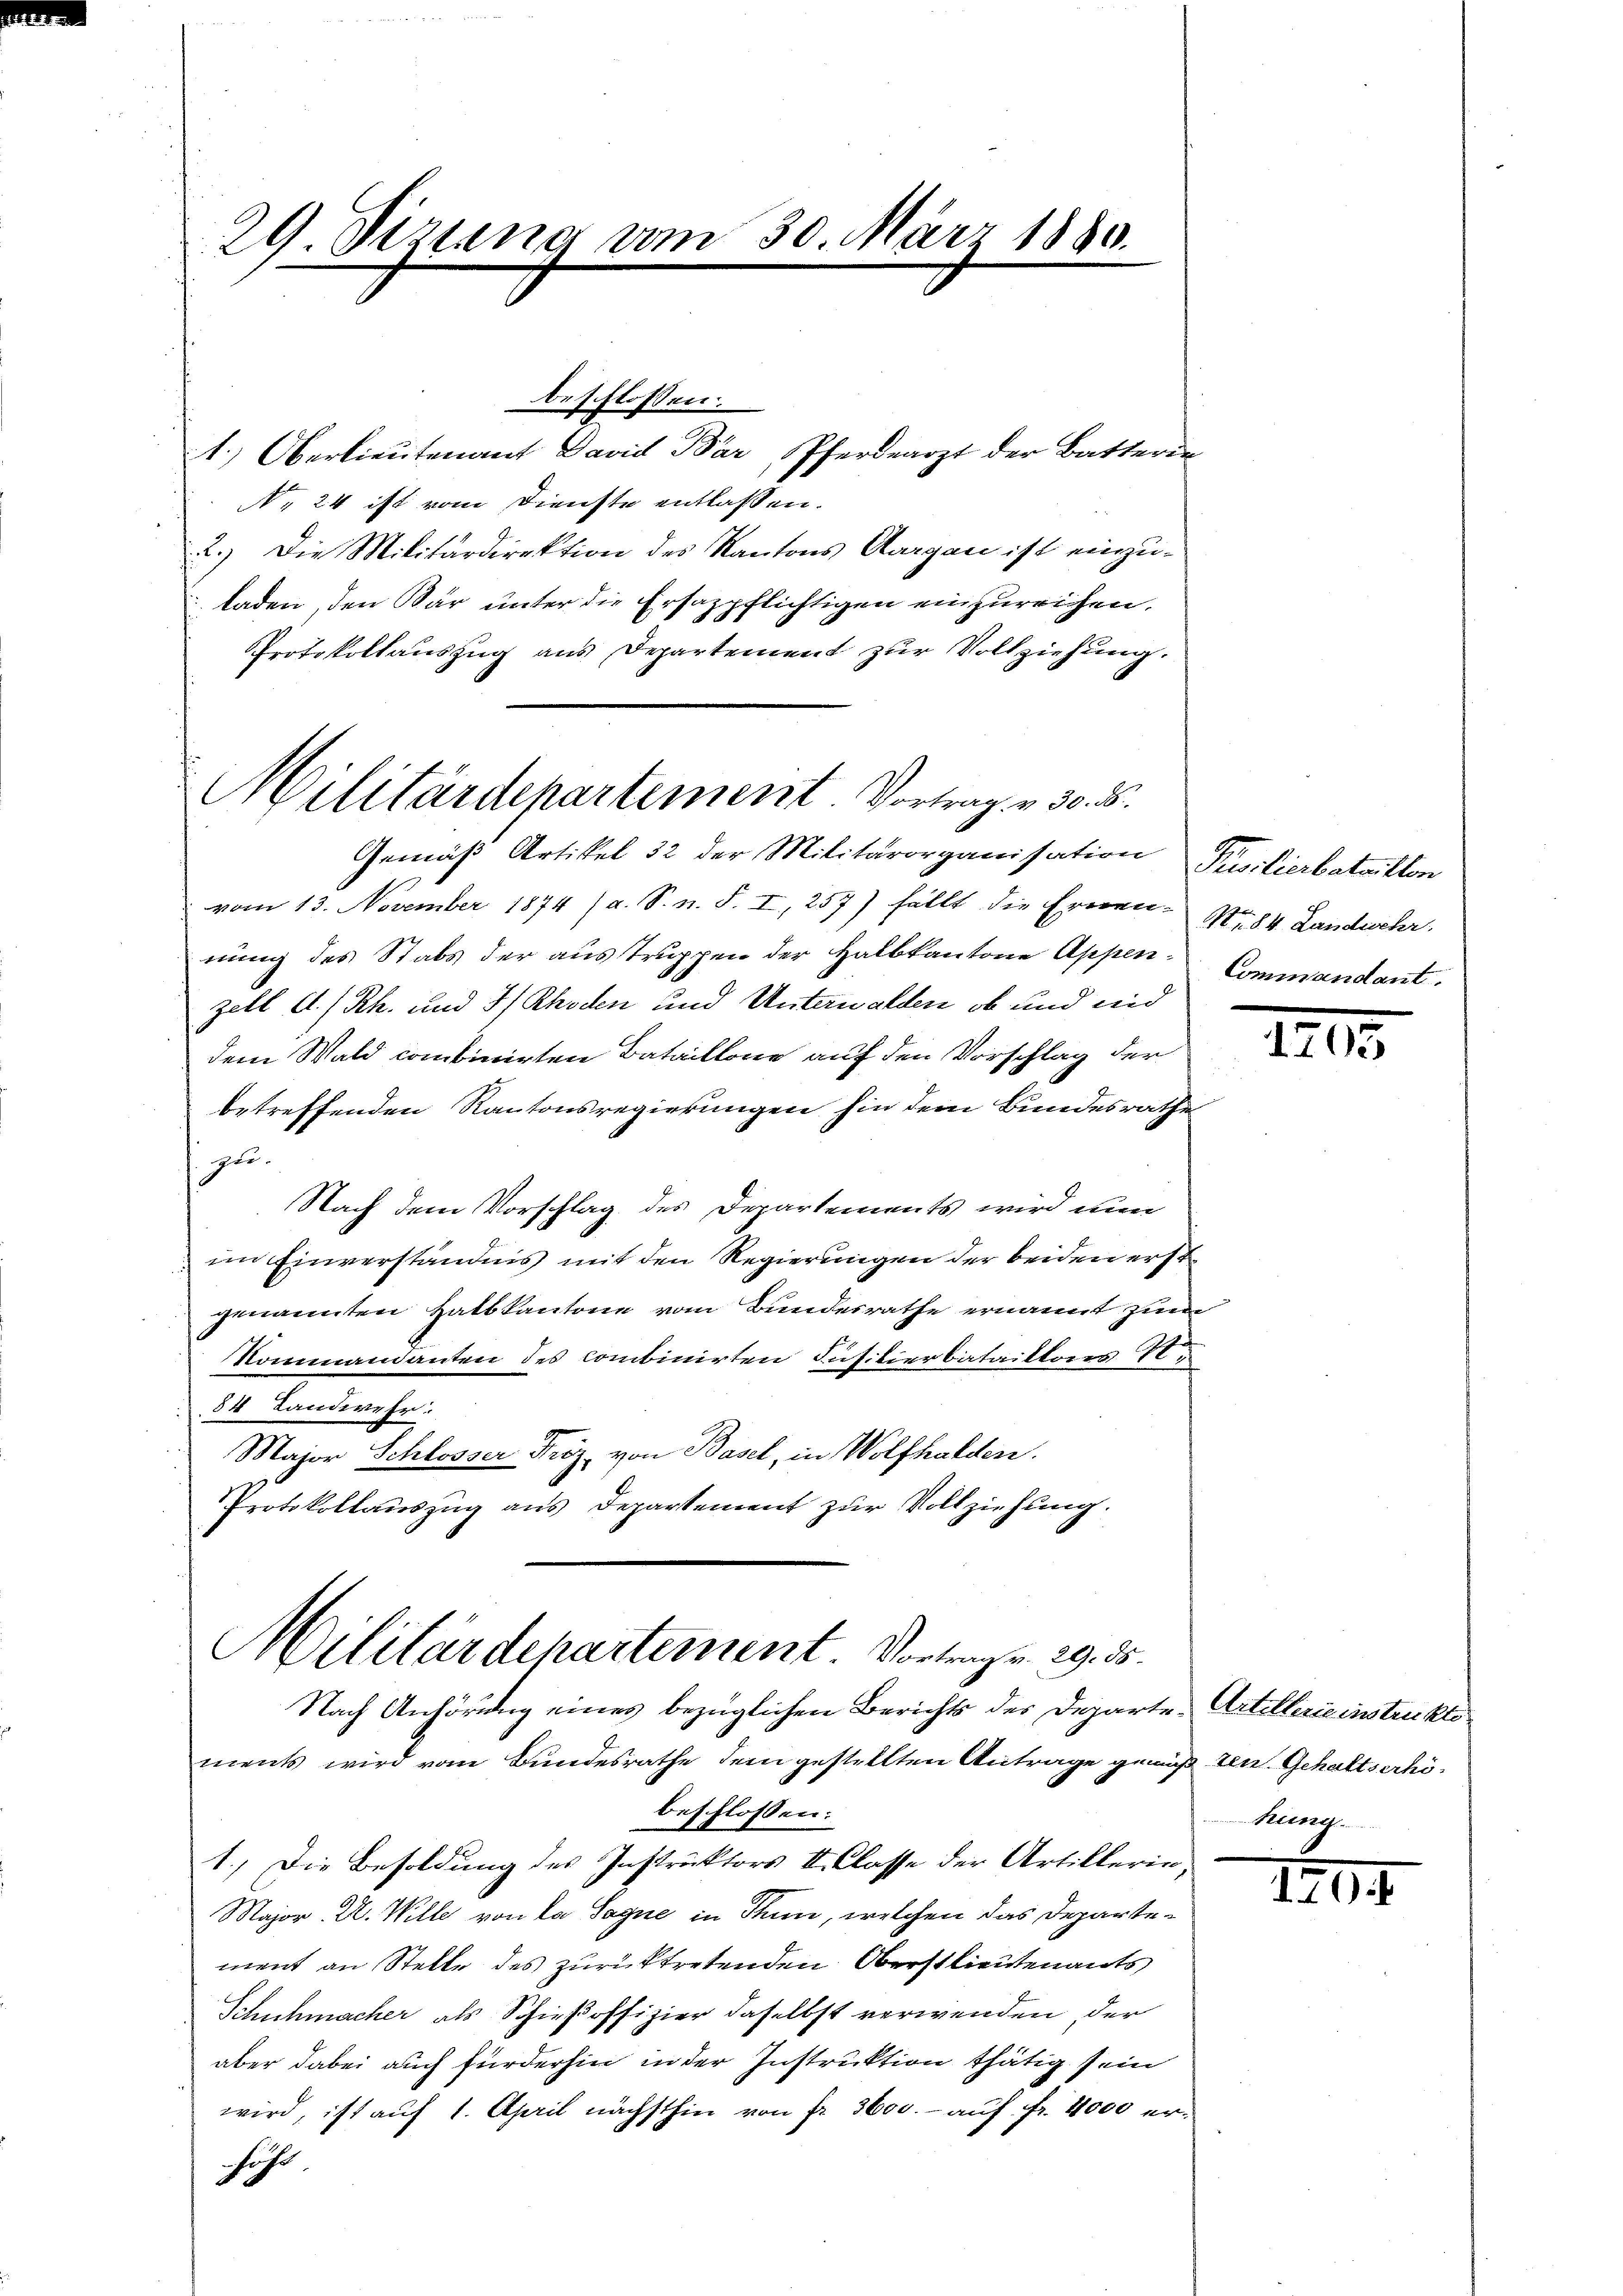
29. Sizung vom 30. März 1880.

Militärdepartement. Vortrag v. 30. S.

beschlossen:
1.) Oberlieutenant David Bär, Pferdearzt der Batterie
N. 24 ist vom Dienste entlassen.
2.) Die Militärdirektion des Kantons Aargau ist einzuladen, den Bar unter die Ersazpflichtigen einzureichen.
Protokollauszug aus Departement zur Vollziehung.
Gemäß Artikel 32 der Militärorganisation Pusilierbataillon
vom 13. November 1874 (a. S. n. F. I, 257) fällt die Ernen. No. 84. Landwehr
nung des Stabs der austruppen der Halbkantone Appen-
zell A.-Rh. und 3/ Rhoden und Unterwalden, ob und und
dem Wald combinirten Bataillone auf den Vorschlag der
betreffenden Kantonsregierungen hin dem Bundesrathe
zu.
Nach dem Vorschlag des Departements wird nun
 im Einverständnis mit den Regierungen der beiden erstgenannten Halbkantone vom Bundesrathe ernannt zum
Kommandanten des combinirten Jusitierbataillons Te
84 Landwehr:
Major Schlosser Friz, von Basel, in Wolfhalden.
Protokollauszug aus Departement zur Vollziehung.
Militärdepartement. Vortragen 29. 35.
Nach Anhörung eines bezüglichen Berichts des Departe Artellerie instruktoments wird vom Bundesrathe dem gestellten Antrage gewußten. Gehaltserhöbeschlossen:
1.) Die Besoldung des Instruktors I. Classe der Artillerin,
Major A. Wille von da Sagne in Thun, welchen das Departement an Stelle des zurücktretenden Oberstlieutenants
Schuhmacher als Schießoffizier daselbst verwenden, der
aber dabei auch fürderhin in der Instruktion thätig sein
wird, ist auf 1. April nächsthin von fr. 3600. - auf Fr. 4000 erfuhr
G

Commandant.

IIII.

Kung.

124